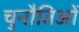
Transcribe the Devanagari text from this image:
चुनौतिओं